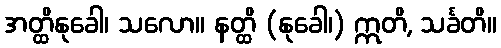
အတ္ထိနုခေါ၊ သလော။ နတ္ထိ (နုခေါ၊) ဣတိ, သင်္ခတိ။